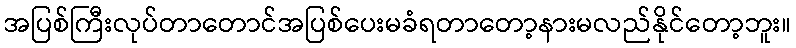
အပြစ်ကြီးလုပ်တာတောင်အပြစ်ပေးမခံရတာတော့နားမလည်နိုင်တော့ဘူး။